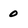
Character: 0